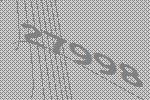
27998